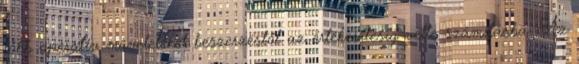
főbb operatív műveleteket beszerzéstől az értékesítésig vette számításba. Az